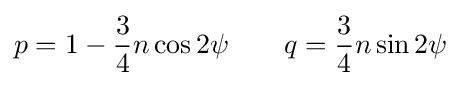
p=1-{\frac {3}{4}}n\cos 2\psi \qquad q={\frac {3}{4}}n\sin 2\psi